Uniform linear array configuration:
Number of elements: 64
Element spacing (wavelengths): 0.75
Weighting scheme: cosine
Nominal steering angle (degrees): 45
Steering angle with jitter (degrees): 43.282
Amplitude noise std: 0.05
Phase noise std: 0.05

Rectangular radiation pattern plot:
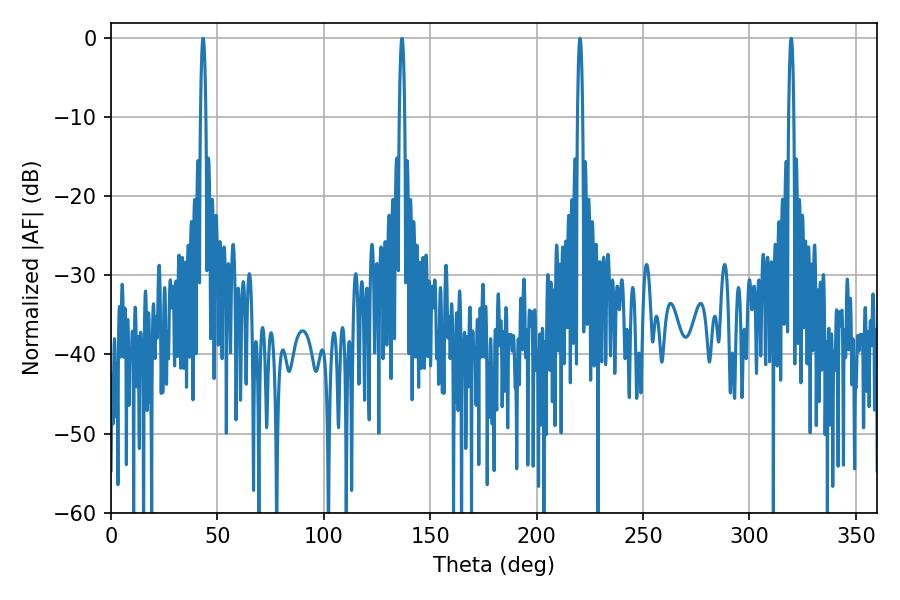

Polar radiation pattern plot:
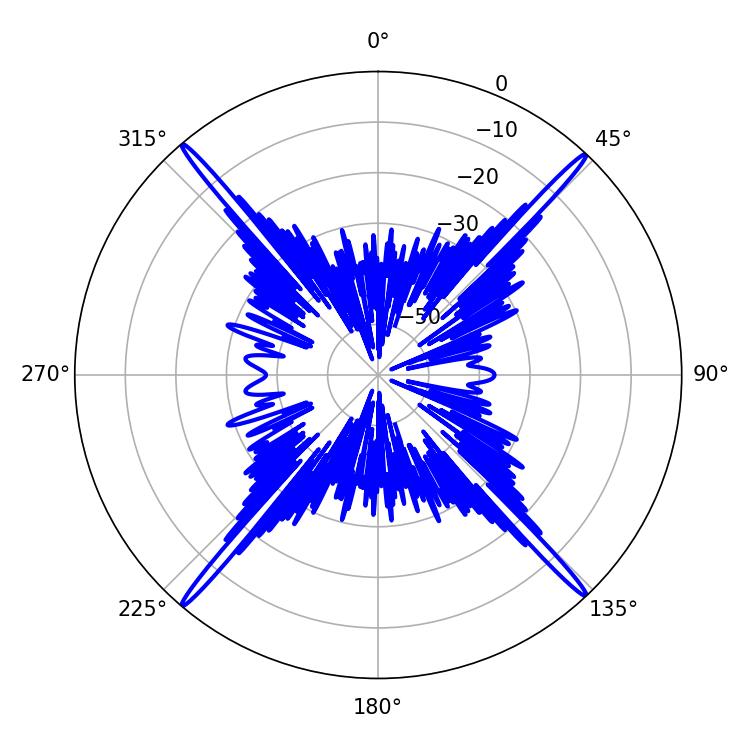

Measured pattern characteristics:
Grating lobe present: TRUE
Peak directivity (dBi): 27.334
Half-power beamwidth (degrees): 1.26
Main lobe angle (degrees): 220.32